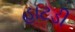
હાટડી